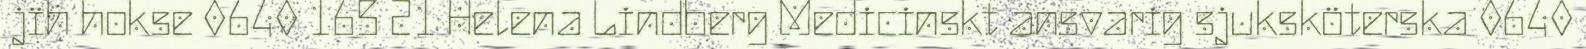
jïh hokse 0640 165 21 Helena Lindberg Medicinskt ansvarig sjuksköterska 0640